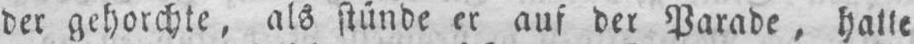
der gehorchte, als stünde er auf der Parade, hatte